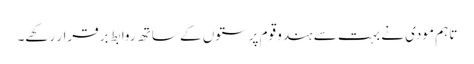
تاہم مودی نے بہت سے ہندو قوم پرستوں کے ساتھ روابط برقرار رکھے۔